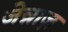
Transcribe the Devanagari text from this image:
जेन्नाज़